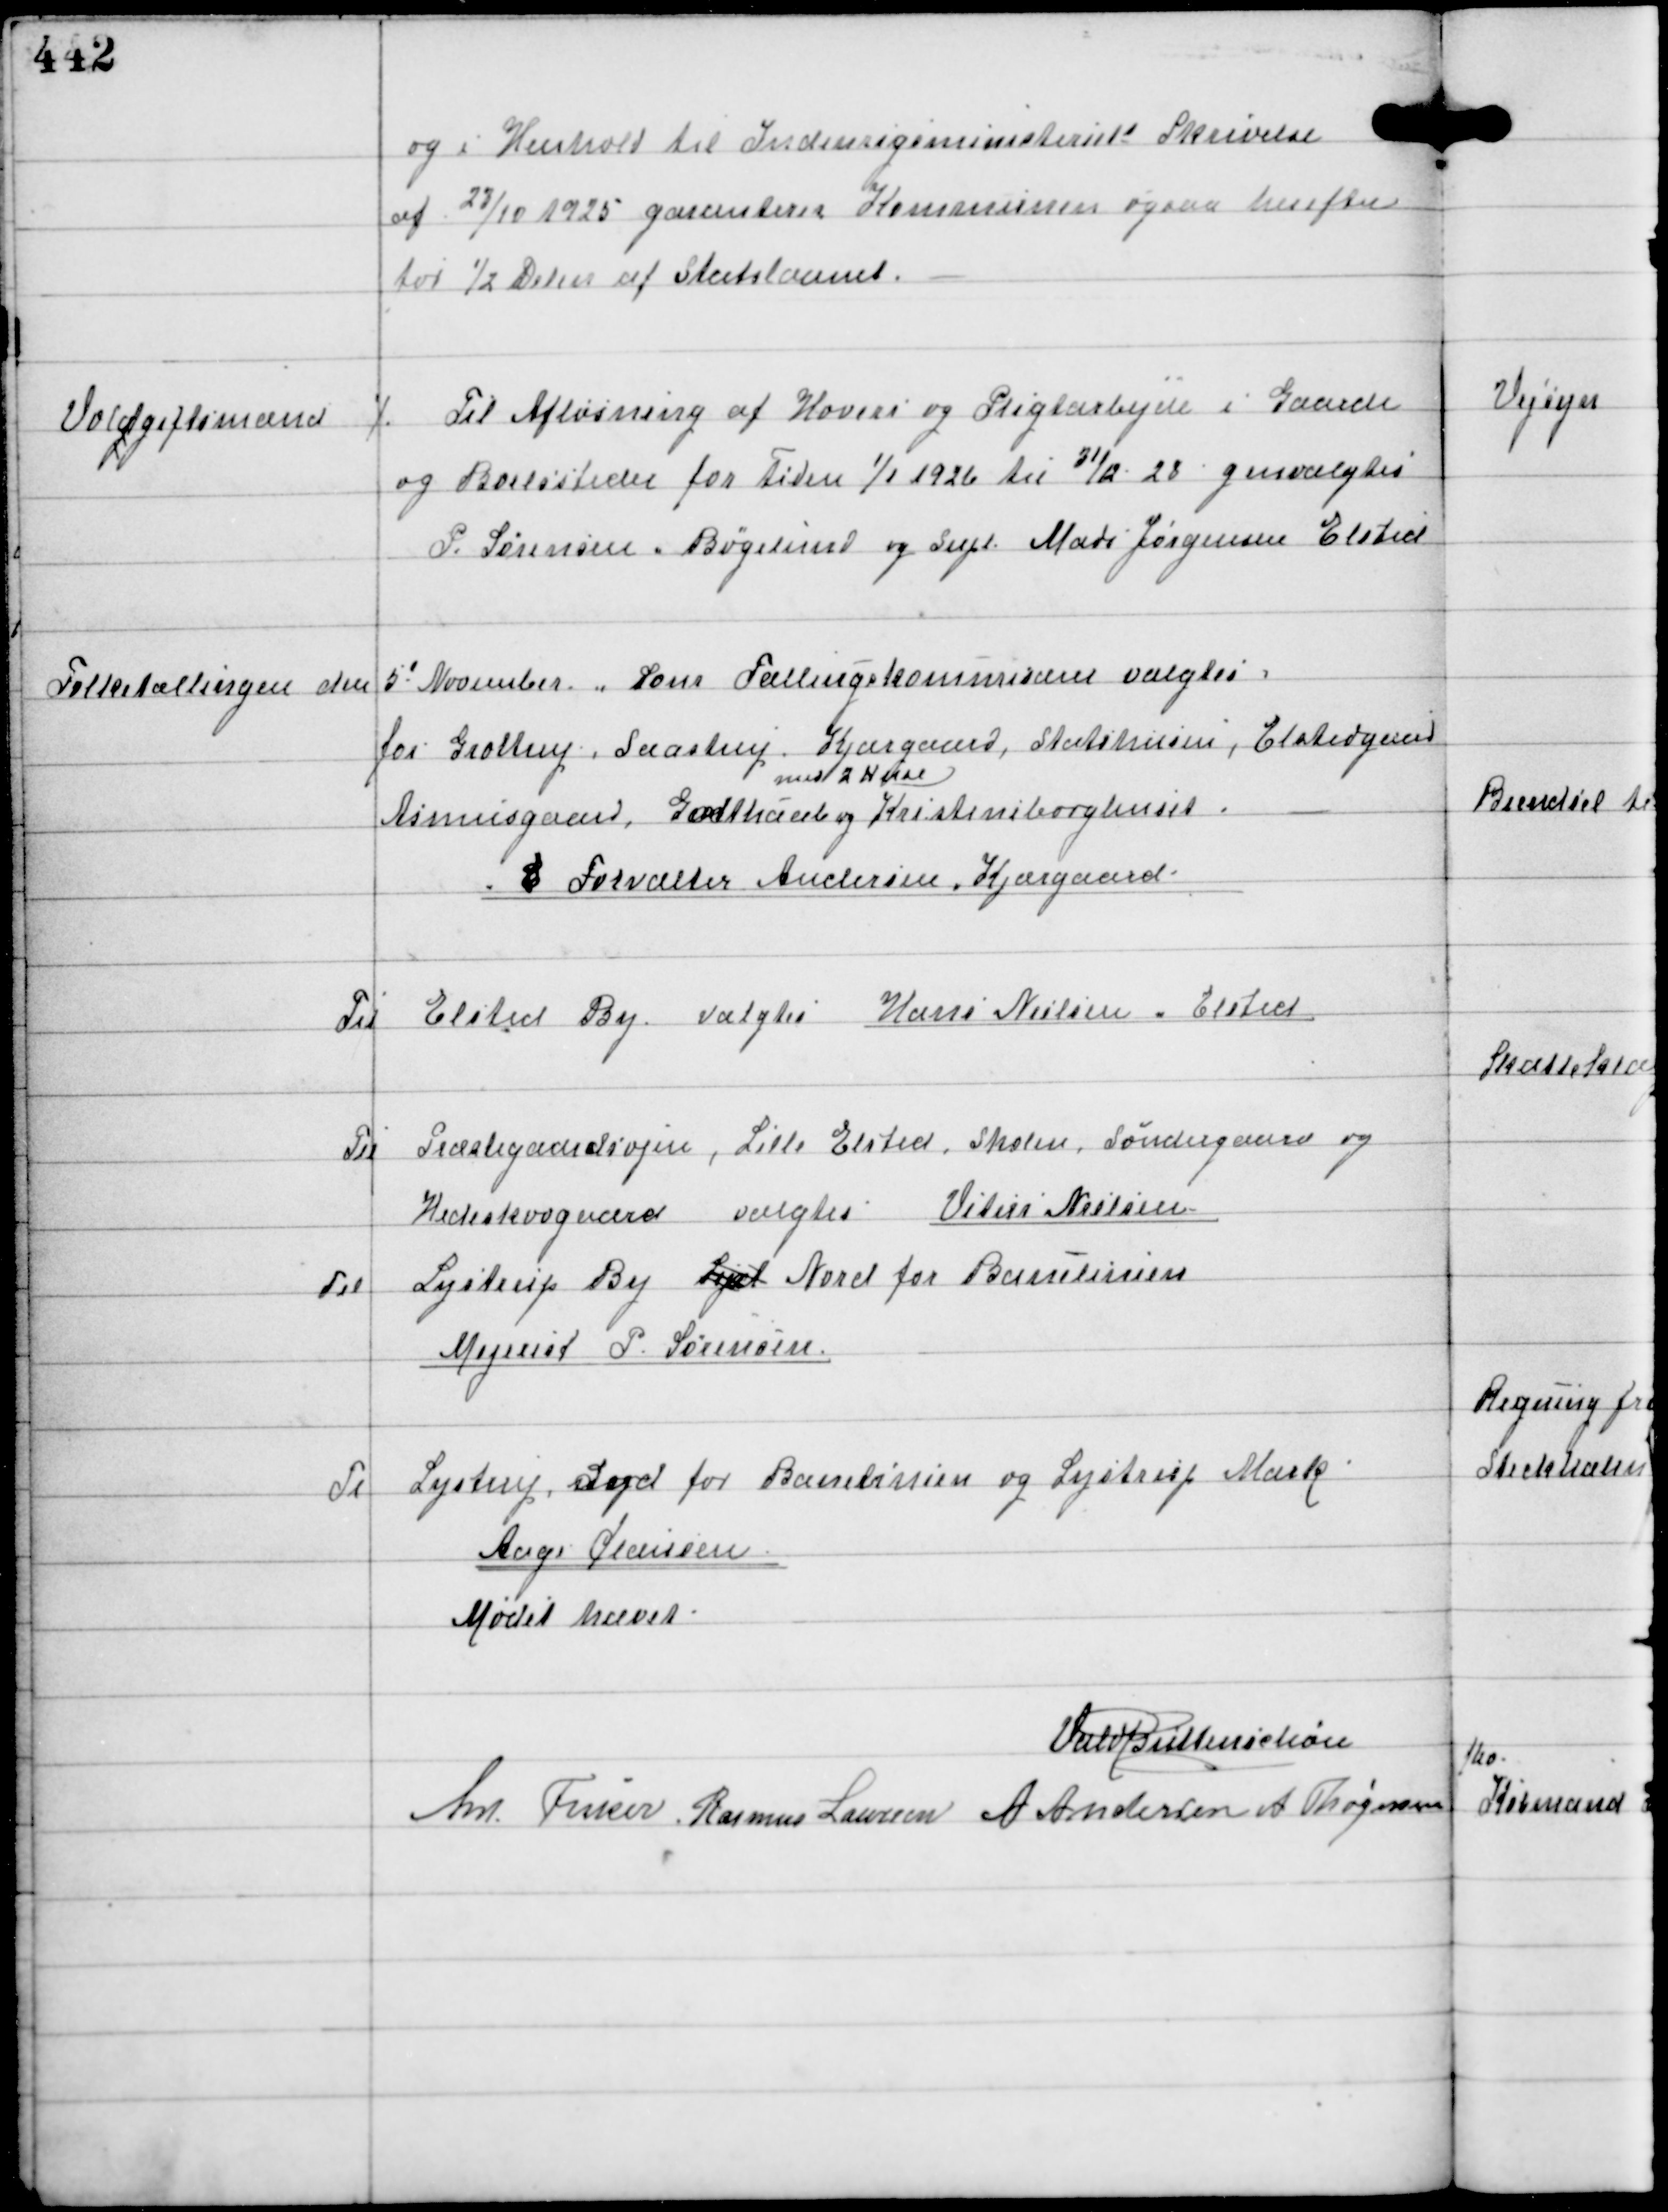
Transskription:
og i Henhold til Indenrigsministeriets Skrivelse
af 23/10 1925 garanterer Kommunen ogsaa herefter
for ½ Delen af Statslaanet.

Voldgiftmænd

⁒ Til Afløsning af Hoveri og Pligtarbejde i Gaarde
og Boelssteder for Tiden 1/1 1926 til 31/12 28 genvalgtes
P. Sørensen, Bøgelund og Supl Mads Jørgensen Elsted

Folketællingen den 5d November
Som Tællingskommisærer valgtes
for Grottrup, Saastrup Kjærgaard, Statshusene, Elstedgaard
Asmusgaard, Godthaab
med 2 Huse
og Kristineborghuset.
E Forvalter Andersen, Kjærgaard

Til Elsted By valgtes Hans Nielsen, Elsted

Til Præstegaardsvejen, Lille Elsted, Skolen, Søndergaard og
Hedeskovgaard valgtes Vitus Nielsen

Til
Lystrup By Syd Nord for Banelinien
Mejerist P. Sørensen

Til Lystrup Syd for Banelinien og Lystrup Mark
Aage Clausen

Mødet hævet
Vald Buttenschøn
Ant Fisker Rasmus Laursen A Andersen A Thøgersen